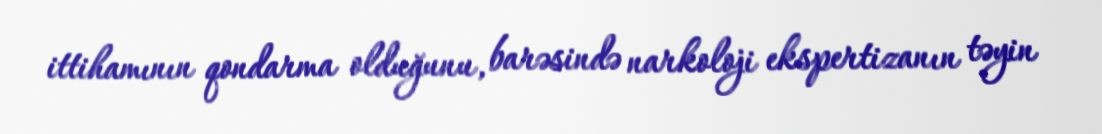
ittihamının qondarma olduğunu, barəsində narkoloji ekspertizanın təyin